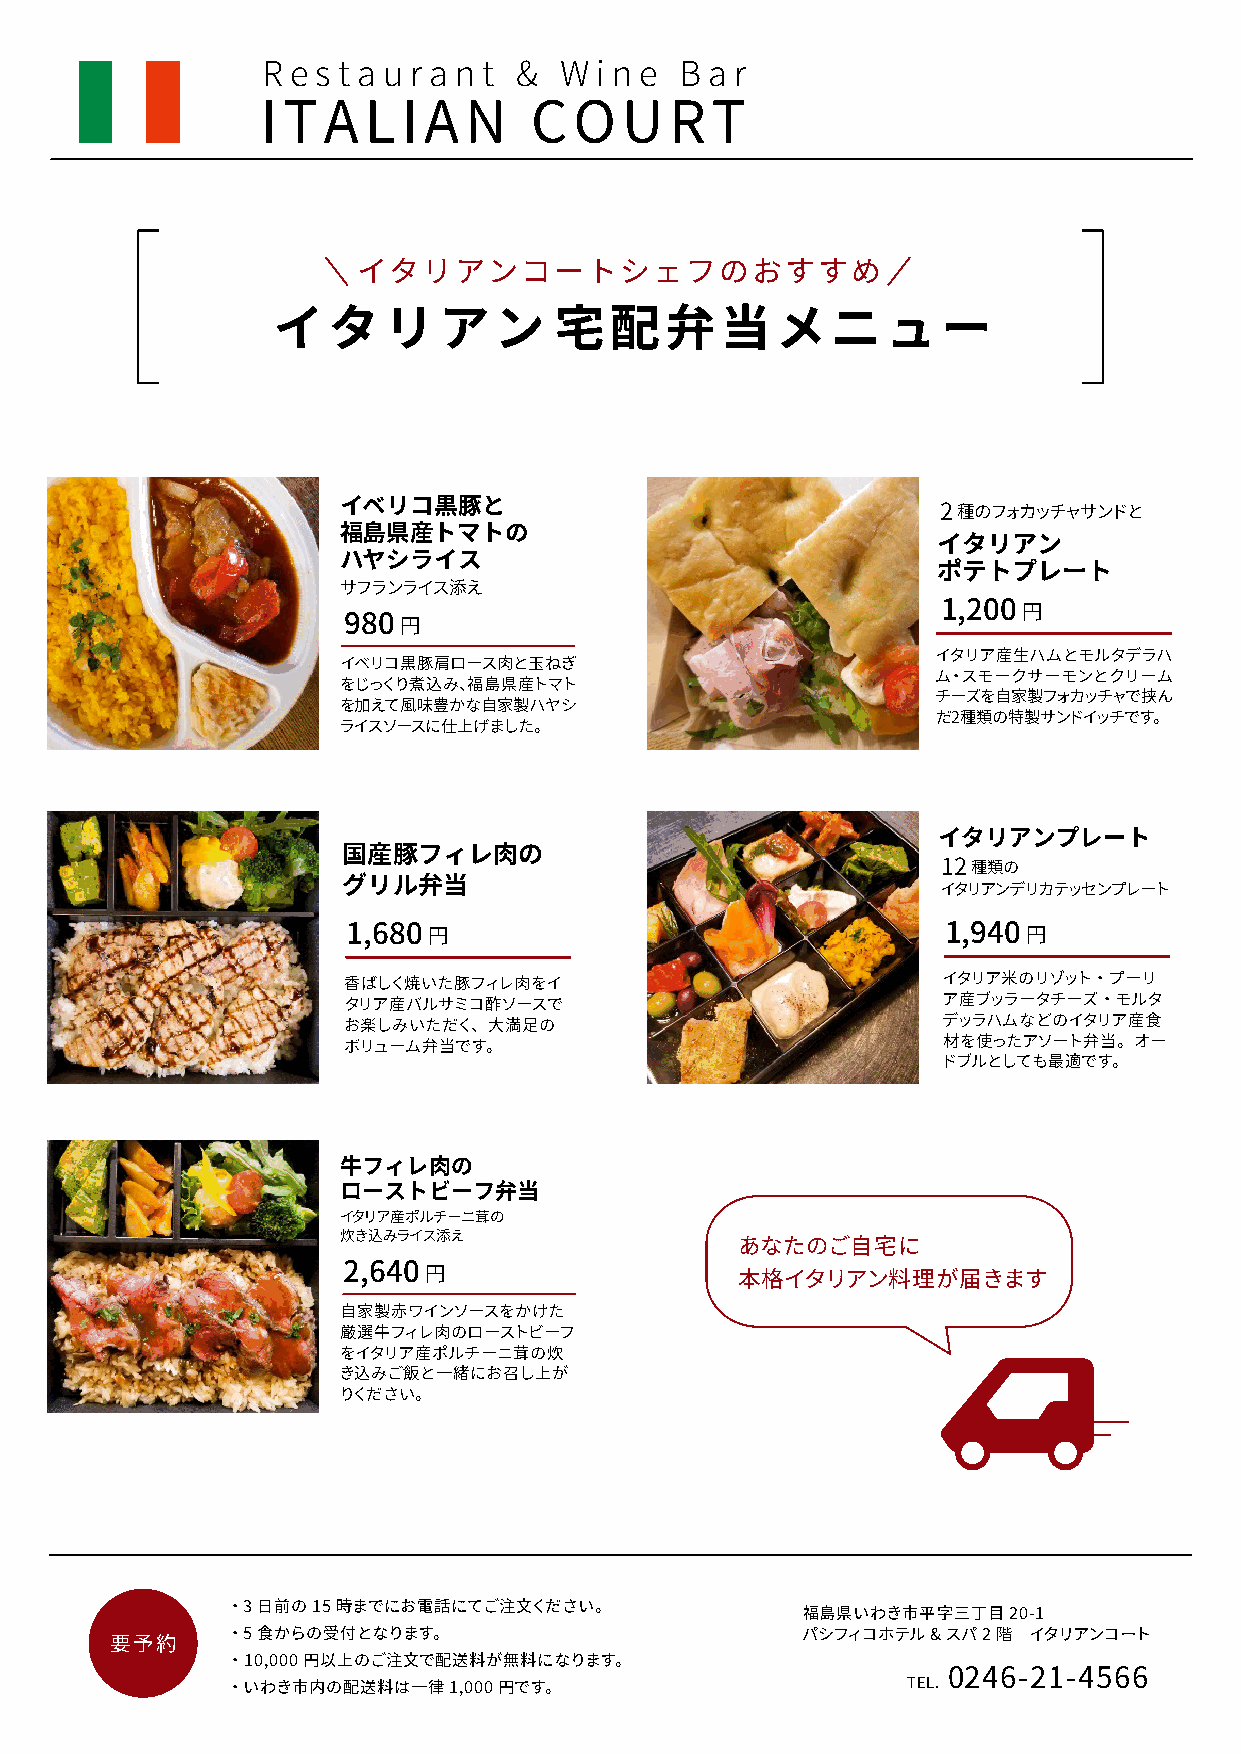
R e s t a u r a n t & W i n e B a r
 ITALIAN           COURT
 イタリアンコートシェフのおすすめ
 イタリアン              宅配弁当メニュー
 イベリコ黒豚と                                 2種のフォカッチャサンドと
 福島県産トマトの
 イタリアン
 ハヤシライス
 ポテトプレート
 サフランライス添え
 1,200円
 980円
 イタリア産生ハムとモルタデラハ
 イベリコ黒豚肩ロース肉と玉ねぎ
 ム・スモークサーモンとクリーム
 をじっくり煮込み、福島県産トマト
 チーズを自家製フォカッチャで挟ん
 を加えて風味豊かな自家製ハヤシ
 だ2種類の特製サンドイッチです。
 ライスソースに仕上げました。
 イタリアンプレート
 国産豚フィレ肉の
 12種類の
 グリル弁当                                  イタリアンデリカテッセンプレート
 1,680円                                  1,940円
 香ばしく焼いた豚フィレ肉をイ                         イタリア米のリゾット・プーリ
 タリア産バルサミコ酢ソースで                         ア産ブッラータチーズ・モルタ
 お楽しみいただく、大満足の                          デッラハムなどのイタリア産食
 ボリューム弁当です。                             材を使ったアソート弁当。オー
 ドブルとしても最適です。
 牛フィレ肉の
 ローストビーフ弁当
 イタリア産ポルチーニ茸の
 炊き込みライス添え
 あなたのご自宅に
 2,640円
 本格イタリアン料理が届きます
 自家製赤ワインソースをかけた
 厳選牛フィレ肉のローストビーフ
 をイタリア産ポルチーニ茸の炊
 き込みご飯と一緒にお召し上が
 りください。
 ・3日前の15時までにお電話にてご注文ください。
 福島県いわき市平字三丁目20-1
 ・5食からの受付となります。                        パシフィコホテル&スパ2階  イタリアンコート
 要予約
 ・10,000円以上のご注文で配送料が無料になります。
 ・いわき市内の配送料は一律1,000円です。                       TEL. 0246-21-4566